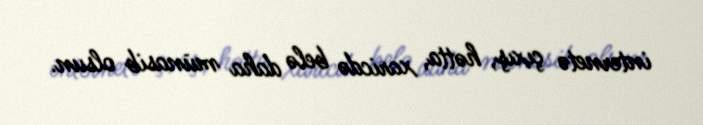
internetə çıxış, hətta, xaricdə belə daha münasib olsun.